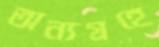
অন্যগ্রহে